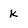
Character: k